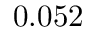
0 . 0 5 2